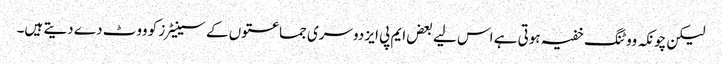
لیکن چونکہ ووٹنگ خفیہ ہوتی ہے اس لیے بعض ایم پی ایز دوسری جماعتوں کے سینیٹرز کو ووٹ دے دیتے ہیں۔